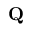
\mathbf { Q }